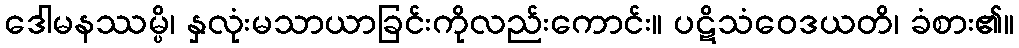
ဒေါမနဿမ္ပိ၊ နှလုံးမသာယာခြင်းကိုလည်းကောင်း။ ပဋိသံဝေဒယတိ၊ ခံစား၏။